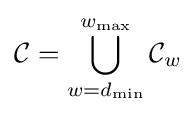
{\mathcal {C}}=\bigcup _{w=d_{\min }}^{w_{\max }}{\mathcal {C}}_{w}